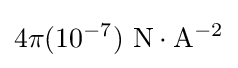
4\pi (10^{-7})\ \mathrm {N} \cdot \mathrm {A} ^{-2}